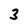
Character: 3